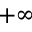
+ \infty